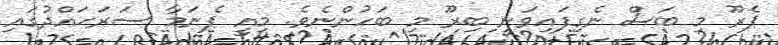
ޕެރޫ މި ބަސް ނެގިފައިވަނީ ބިރޫ މި ބަހުންނެވެ. މިއީ ޕެނަމާ ސަރަޙައްދުގައި